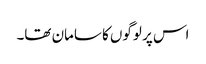
اس پر لوگوں کا سامان تھا۔